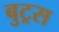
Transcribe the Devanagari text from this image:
बुट्रस